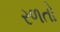
રળતો